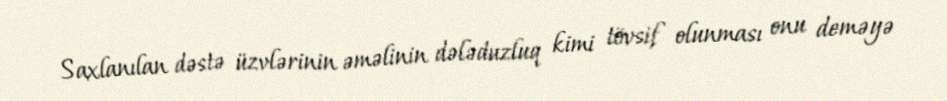
Saxlanılan dəstə üzvlərinin əməlinin dələduzluq kimi tövsif olunması onu deməyə